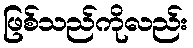
ဖြစ်သည်ကိုလည်း